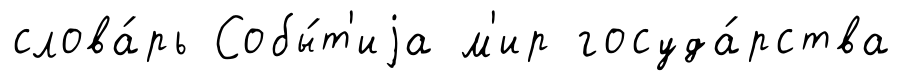
слова́рь Собы́т'иjа м'ир госуда́рства